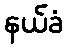
နယ်ခံ